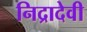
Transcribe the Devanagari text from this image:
निद्रादेवी